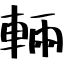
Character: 輛